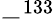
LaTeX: -^{133}